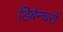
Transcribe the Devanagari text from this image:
डिबेन्‍चरों